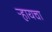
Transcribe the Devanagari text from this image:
र्‍हायचा